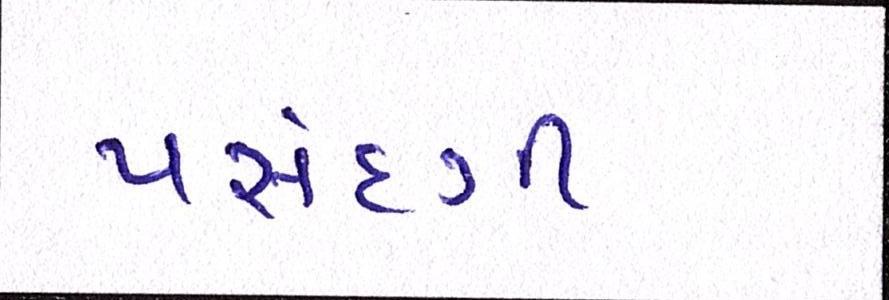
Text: પસંદગી